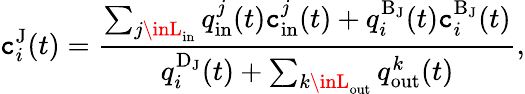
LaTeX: \mathtt{c}_{i}^{\mathrm{{J}}}(t)=\frac{{\sum_{j\inL_{\mathrm{{in}}}}q_{\mathrm{{in}}}^{j}(t)\mathtt{c}_{\mathrm{{in}}}^{j}(t)+q_{i}^{\mathrm{{B_{\mathrm{{J}}}}}}(t)\mathtt{c}_{i}^{\mathrm{{B_{\mathrm{{J}}}}}}(t)}}{{q_{i}^{\mathrm{{D}}_{\mathrm{{J}}}}(t)+\sum_{k\inL_{\mathrm{{out}}}}q_{\mathrm{{out}}}^{k}(t)}},